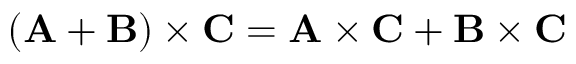
( \mathbf { A } + \mathbf { B } ) \times \mathbf { C } = \mathbf { A } \times \mathbf { C } + \mathbf { B } \times \mathbf { C }